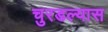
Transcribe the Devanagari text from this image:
चुरडल्यास